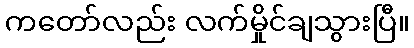
ကတော်လည်း လက်မှိုင်ချသွားပြီ။